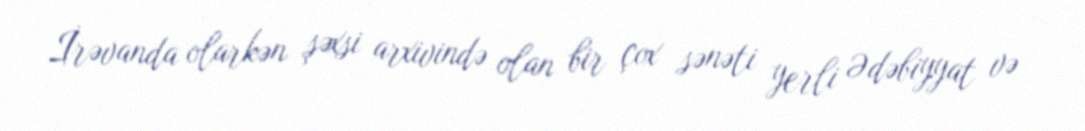
İrəvanda olarkən şəxsi arxivində olan bir çox sənəti yerli Ədəbiyyat və